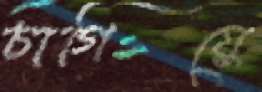
চাগিয়ে